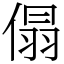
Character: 傝